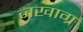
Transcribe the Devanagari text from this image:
नखाग्र